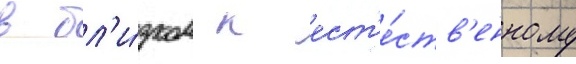
в бл'и́зком к ест'е́ств'енному